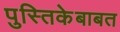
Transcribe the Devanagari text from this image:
पुस्तिकेबाबत